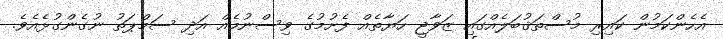
އެހެންކަމުން ކައިރި މުސްތަޤުބަލެއްގައި ޒަވާޖީ ހަޔާތެއް ފެށުމުގެ ވިސްނުމެއް އަދި ސަމްޕަތު ނުގެންގުޅެއެވެ.